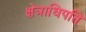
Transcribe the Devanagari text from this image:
क्षेत्राधिपति